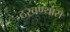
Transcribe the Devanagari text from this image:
ठरवण्यास